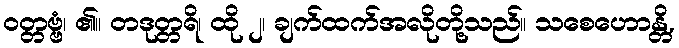
ဝတ္တဗ္ဗံ၊ ၏။ တဒုတ္တရိ၊ ထို ၂၊ ချက်ထက်အလိုတို့သည်။ သစေဟောန္တိ,